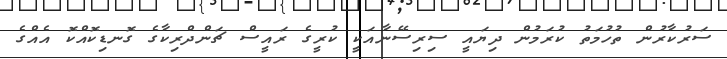
ސަރުކާރުން ތުހުމަތު ކުރަމުން ދިޔައީ ސިރިސޭނާއަކީ ކުރީގެ ރައީސް ޗަންދްރިކާގެ ގޮނޑިކޮއްކޮ އެއްގެ